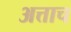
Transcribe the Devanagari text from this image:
अत्ताच